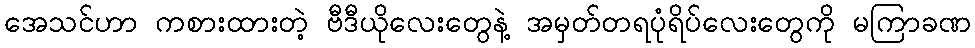
အေသင်ဟာ ကစားထားတဲ့ ဗီဒီယိုလေးတွေနဲ့ အမှတ်တရပုံရိပ်လေးတွေကို မကြာခဏ